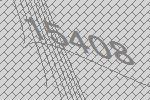
15408